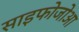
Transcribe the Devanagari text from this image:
साइफोजोआ